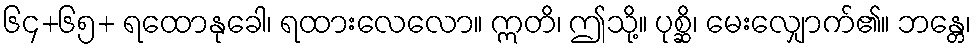
၆၄+၆၅+ ရထောနုခေါ၊ ရထားလေလော။ ဣတိ၊ ဤသို့။ ပုစ္ဆိ၊ မေးလျှောက်၏။ ဘန္တေ၊